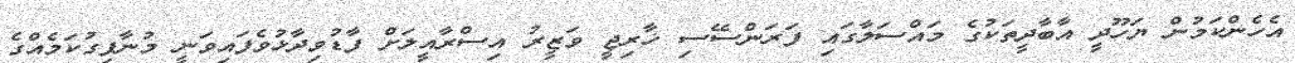
އެހެންކަމުން ޔަހޫދީ އާބާދީތަކުގެ މައްސަލާގައި ފަރަންސޭސި ޚާރިޖީ ވަޒީރު އިސްރާއީލަށް ފާޑުވިދާޅުވެފައިވަނީ މުނާފިގުކަމެއްގެ